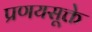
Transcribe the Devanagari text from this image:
प्रणयसूक्ते